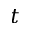
t